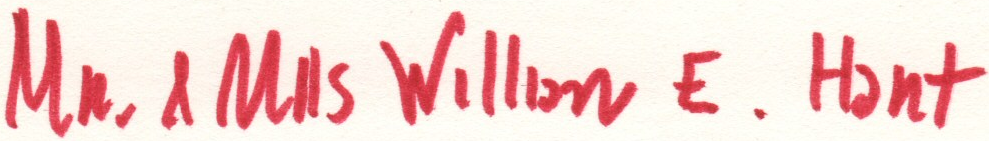
MR. & MRS Willon E. Hant